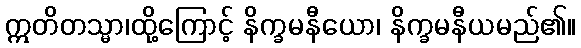
ဣတိတသ္မာ၊ထို့ကြောင့် နိက္ခမနီယော၊ နိက္ခမနီယမည်၏။